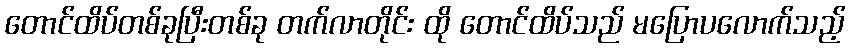
တောင်ထိပ်တစ်ခုပြီးတစ်ခု တက်လာတိုင်း ထို တောင်ထိပ်သည် မပြောပလောက်သည့်